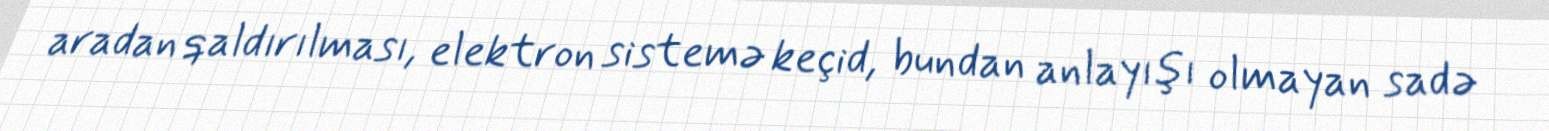
aradan qaldırılması, elektron sistemə keçid, bundan anlayışı olmayan sadə